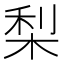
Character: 梨